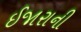
ઈજારાની